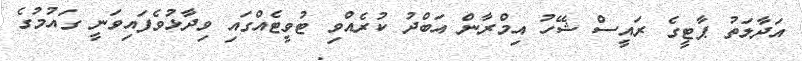
އަދާލަތު ޕާޓީގެ ރައީސް ޝޭހު އިމްރާން އަބްދު ކުރެއްވި ޓުވީޓެއްގައި ވިދާޅުވެފައިވަނީ ގައުމުގެ